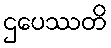
ဌပေဿတိ